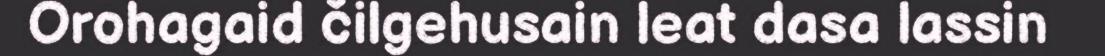
Orohagaid čilgehusain leat dasa lassin